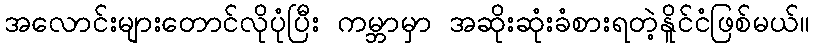
အလောင်းများတောင်လိုပုံပြီး ကမ္ဘာမှာ အဆိုးဆုံးခံစားရတဲ့နိူင်ငံဖြစ်မယ်။